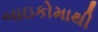
બાઇકોમાથી